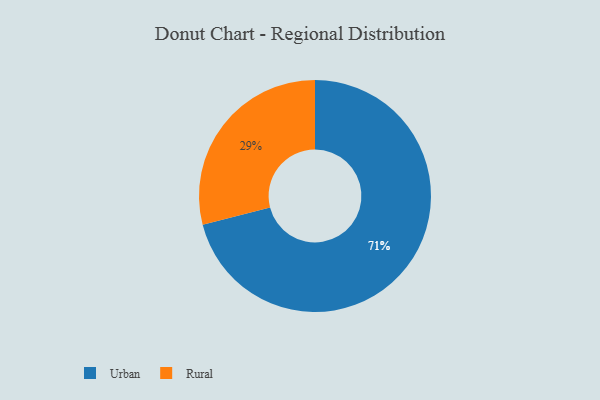
{"axis": {"x": "Category", "y": "Percentage"}, "legend": ["Rural", "Urban"], "data": [{"x": "Urban", "y": 71, "type": "Urban"}, {"x": "Rural", "y": 29, "type": "Rural"}]}